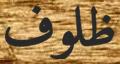
ظلوف